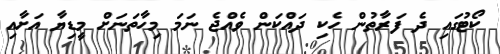
ކޯޓުގައި ދެ ފަރާތުން ހެކި ދައްކަން ވެއްޖެ ނަމަ މިހާތަނަށް މީޑިޔާ އަށާއި